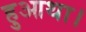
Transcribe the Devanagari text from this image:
हुआथा।